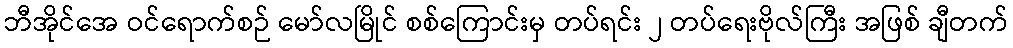
ဘီအိုင်အေ ဝင်ရောက်စဉ် မော်လမြိုင် စစ်ကြောင်းမှ တပ်ရင်း ၂ တပ်ရေးဗိုလ်ကြီး အဖြစ် ချီတက်